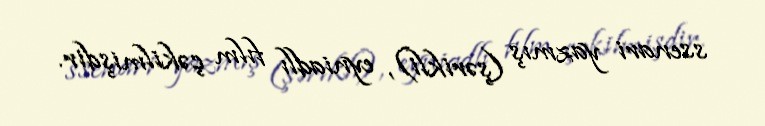
ssenari yazmış (şərikli), eyniadlı fılm çəkilmişdir.